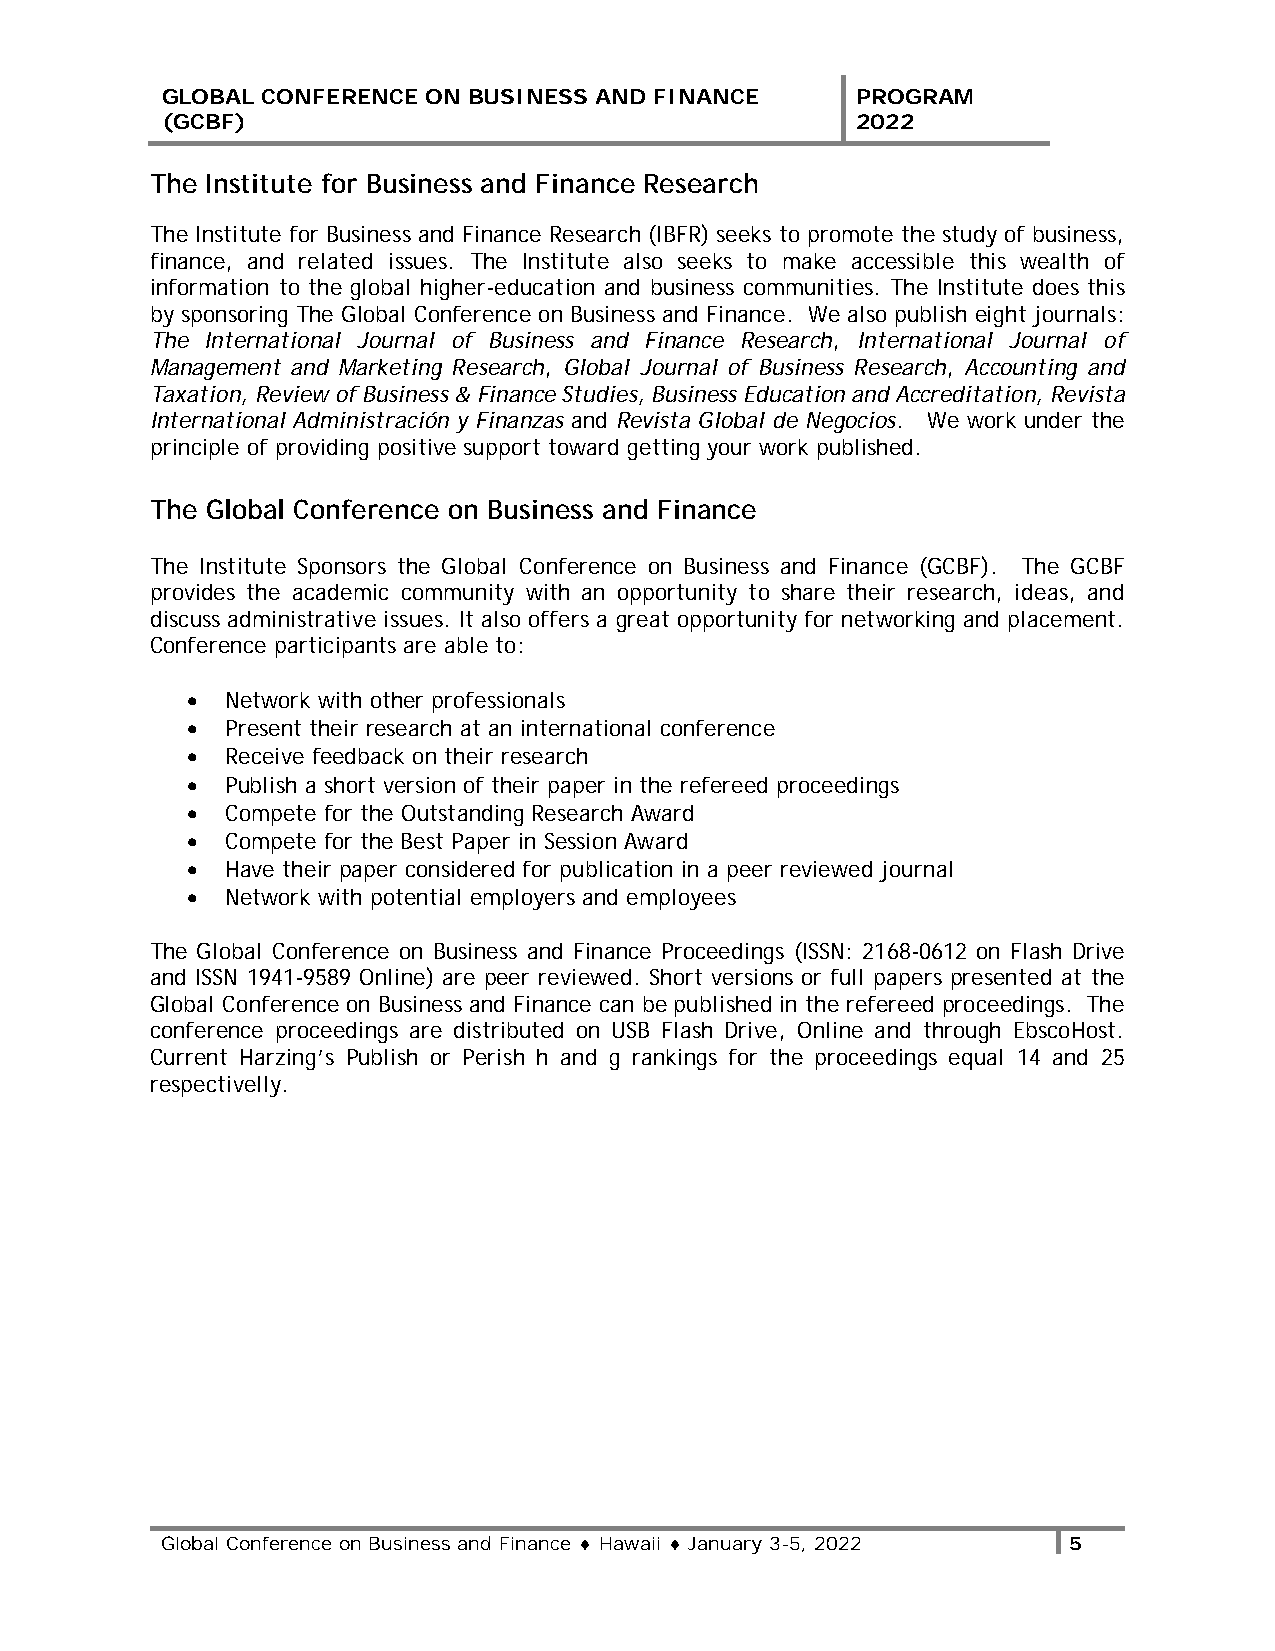
GLOBAL CONFERENCE ON BUSINESS AND FINANCE     PROGRAM
 (GCBF)                                        2022
 The Institute for Business and Finance Research
 The Institute for Business and Finance Research (IBFR) seeks to promote the study of business,
 finance, and related issues. The Institute also seeks to make accessible this wealth of
 information to the global higher-education and business communities. The Institute does this
 by sponsoring The Global Conference on Business and Finance. We also publish eight journals:
 The International Journal of Business and Finance Research, International Journal of
 Management and Marketing Research, Global Journal of Business Research, Accounting and
 Taxation, Review of Business & Finance Studies, Business Education and Accreditation, Revista
 International Administración y Finanzas and Revista Global de Negocios. We work under the
 principle of providing positive support toward getting your work published.
 The Global Conference on Business and Finance
 The Institute Sponsors the Global Conference on Business and Finance (GCBF). The GCBF
 provides the academic community with an opportunity to share their research, ideas, and
 discuss administrative issues. It also offers a great opportunity for networking and placement.
 Conference participants are able to:
 •  Network with other professionals
 •  Present their research at an international conference
 •  Receive feedback on their research
 •  Publish a short version of their paper in the refereed proceedings
 •  Compete for the Outstanding Research Award
 •  Compete for the Best Paper in Session Award
 •  Have their paper considered for publication in a peer reviewed journal
 •  Network with potential employers and employees
 The Global Conference on Business and Finance Proceedings (ISSN: 2168-0612 on Flash Drive
 and ISSN 1941-9589 Online) are peer reviewed. Short versions or full papers presented at the
 Global Conference on Business and Finance can be published in the refereed proceedings. The
 conference proceedings are distributed on USB Flash Drive, Online and through EbscoHost.
 Current Harzing’s Publish or Perish h and g rankings for the proceedings equal 14 and 25
 respectivelly.
 Global Conference on Business and Finance ♦ Hawaii ♦ January 3-5, 2022 5